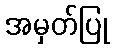
အမှတ်ပြု